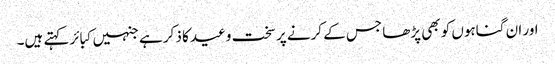
اور ان گناہوں کو بھی پڑھا جس کے کرنے پر سخت وعید کا ذکر ہے جنہیں کبائر کہتے ہیں۔